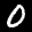
Label: 0